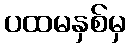
ပထမနှစ်မှ